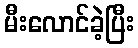
မီးလောင်ခဲ့ပြီး